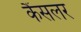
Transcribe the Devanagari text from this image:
कैंसलर